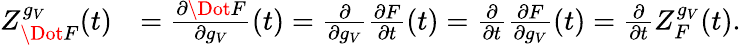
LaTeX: \begin{array}{rl}{Z_{\Dot{F}}^{g_{V}}(t)}&{=\frac{\partial\Dot{F}}{\partial g_{V}}(t)=\frac{\partial}{\partial g_{V}}\frac{\partial F}{\partial t}(t)=\frac{\partial}{\partial t}\frac{\partial F}{\partial g_{V}}(t)=\frac{\partial}{\partial t}Z_{F}^{g_{V}}(t).}\end{array}